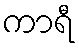
ကာရီ